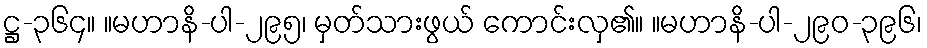
ဋ္ဌ-၃၆၄။ ။မဟာနိ-ပါ-၂၉၅၊ မှတ်သားဖွယ် ကောင်းလှ၏။ ။မဟာနိ-ပါ-၂၉၀-၃၉၆၊